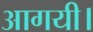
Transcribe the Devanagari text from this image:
आगयी।